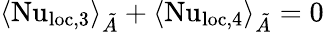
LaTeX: \langle\mathrm{Nu}_{\textrm{loc,}3}\rangle_{\tilde{A}}+\langle\mathrm{Nu}_{\textrm{loc},4}\rangle_{\tilde{A}}=0